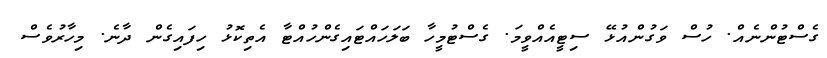
ގެސްޓުންނެެއް. ހުސް ވަގުންއުޅޭ ސިޓީއެއްވީމަ. ގެސްޓުމީހާ ބަލަހައްޓައިގެންހުއްޓާ އެތިކޮޅު ހިފައިގެން ދާނެ. މިހާރުވެސް